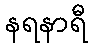
နရနာရီ